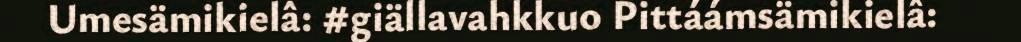
Umesämikielâ: #giällavahkkuo Pittáámsämikielâ: